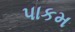
પાકમ